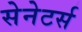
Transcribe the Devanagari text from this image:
सेनेटर्स